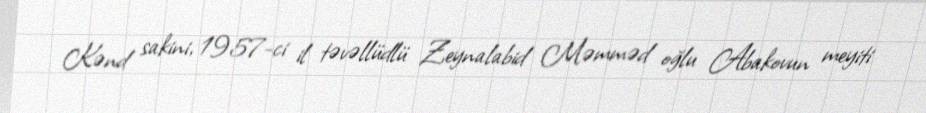
Kənd sakini, 1957-ci il təvəllüdlü Zeynalabid Məmməd oğlu Abakovun meyiti